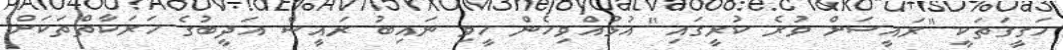
ހަގީގަތަކީ "ރައީސަށް ވުރެ ކުރީގައި" އުޅުއްވިހެން ހީވި ނައިބު ރައީސް އަދީބުގެ ހަރަކާތްތަކަށް